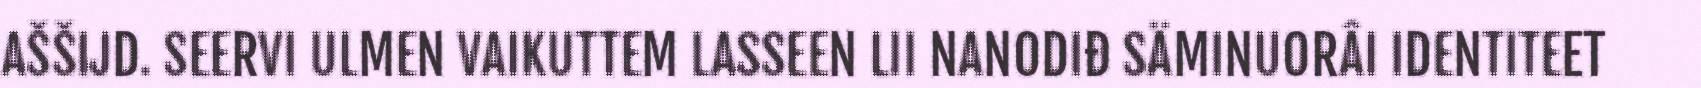
AŠŠIJD. SEERVI ULMEN VAIKUTTEM LASSEEN LII NANODIĐ SÄMINUORÂI IDENTITEET